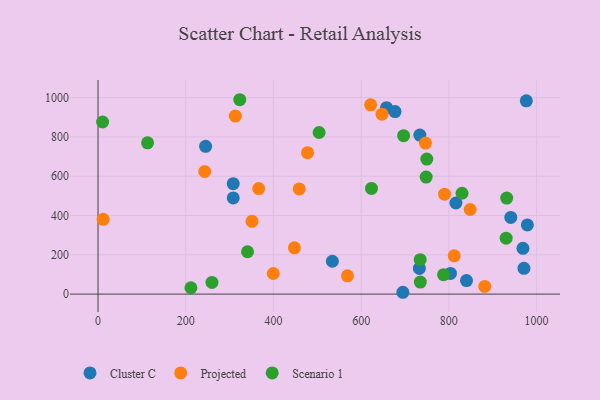
{"axis": {"x": "Study Hours", "y": "Rating"}, "legend": ["Cluster C", "Projected", "Scenario 1"], "data": [{"x": "803.7", "y": 105.1, "type": "Cluster C"}, {"x": "979.0", "y": 352.0, "type": "Cluster C"}, {"x": "971.2", "y": 131.0, "type": "Cluster C"}, {"x": "968.9", "y": 233.0, "type": "Cluster C"}, {"x": "245.3", "y": 752.2, "type": "Cluster C"}, {"x": "308.3", "y": 489.8, "type": "Cluster C"}, {"x": "941.2", "y": 390.5, "type": "Cluster C"}, {"x": "732.7", "y": 130.7, "type": "Cluster C"}, {"x": "657.8", "y": 948.8, "type": "Cluster C"}, {"x": "816.0", "y": 463.7, "type": "Cluster C"}, {"x": "534.3", "y": 167.3, "type": "Cluster C"}, {"x": "308.3", "y": 562.3, "type": "Cluster C"}, {"x": "677.2", "y": 929.2, "type": "Cluster C"}, {"x": "695.1", "y": 9.3, "type": "Cluster C"}, {"x": "976.6", "y": 984.0, "type": "Cluster C"}, {"x": "840.2", "y": 68.7, "type": "Cluster C"}, {"x": "733.8", "y": 809.8, "type": "Cluster C"}, {"x": "458.8", "y": 535.4, "type": "Projected"}, {"x": "477.7", "y": 720.2, "type": "Projected"}, {"x": "366.4", "y": 537.2, "type": "Projected"}, {"x": "568.8", "y": 93.2, "type": "Projected"}, {"x": "790.1", "y": 508.8, "type": "Projected"}, {"x": "399.6", "y": 104.9, "type": "Projected"}, {"x": "881.8", "y": 39.1, "type": "Projected"}, {"x": "351.1", "y": 370.5, "type": "Projected"}, {"x": "243.3", "y": 624.0, "type": "Projected"}, {"x": "621.6", "y": 963.3, "type": "Projected"}, {"x": "647.6", "y": 916.0, "type": "Projected"}, {"x": "313.1", "y": 906.3, "type": "Projected"}, {"x": "812.1", "y": 194.7, "type": "Projected"}, {"x": "848.6", "y": 430.6, "type": "Projected"}, {"x": "11.7", "y": 380.5, "type": "Projected"}, {"x": "746.5", "y": 768.7, "type": "Projected"}, {"x": "447.9", "y": 235.5, "type": "Projected"}, {"x": "734.9", "y": 61.2, "type": "Scenario 1"}, {"x": "696.8", "y": 806.6, "type": "Scenario 1"}, {"x": "623.5", "y": 537.9, "type": "Scenario 1"}, {"x": "787.9", "y": 99.1, "type": "Scenario 1"}, {"x": "930.6", "y": 284.5, "type": "Scenario 1"}, {"x": "830.0", "y": 513.5, "type": "Scenario 1"}, {"x": "504.1", "y": 822.6, "type": "Scenario 1"}, {"x": "340.9", "y": 215.5, "type": "Scenario 1"}, {"x": "749.7", "y": 687.6, "type": "Scenario 1"}, {"x": "931.8", "y": 489.0, "type": "Scenario 1"}, {"x": "323.2", "y": 989.5, "type": "Scenario 1"}, {"x": "211.8", "y": 32.4, "type": "Scenario 1"}, {"x": "10.5", "y": 876.2, "type": "Scenario 1"}, {"x": "259.8", "y": 59.2, "type": "Scenario 1"}, {"x": "734.6", "y": 175.5, "type": "Scenario 1"}, {"x": "748.2", "y": 595.8, "type": "Scenario 1"}, {"x": "113.0", "y": 769.9, "type": "Scenario 1"}]}